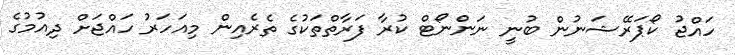
ހައްޖު ކޯޕަރޭޝަނުން ބުނީ ނަންނޯޓް ކުރާ ފަރާތްތަކުގެ ތެރެއިން މިއަހަރު ހައްޖަށް ދިއުމުގެ